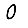
Digit: 0